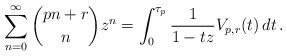
\begin{align*}\sum_{n=0}^\infty \binom{pn+r}n z^n = \int_0^{\tau_p} \frac1{1-tz} V_{p,r}(t)\,dt\,.\end{align*}